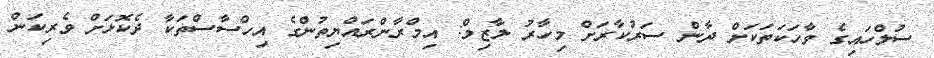
ސުލްހައިގެ ވާހަކަތަކަށް ދާން ސަރުކާރަށް މިހާރު ލާޒިމް: އިމްރާންރައްޔިތުންގެ އިހްސާސްތަކާ ދެކޮޅަށް ވެރިކަން